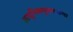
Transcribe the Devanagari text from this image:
आधुनिकपुराणकथा